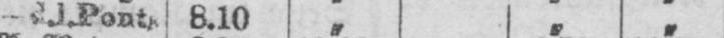
8.10 ,, „ „